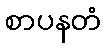
စာပနတံ